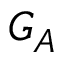
G _ { A }